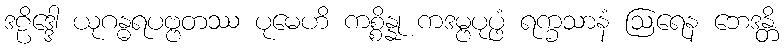
ဒဠိဒ္ဒေါ ယုဂန္ဓရပဗ္ဗတဿ ပုမေဟိ ကစ္စိန္နု ကဒမ္ဗပုပ္ဖံ ရက္ခသာနံ ဩရေန ဘေဒန္တိ